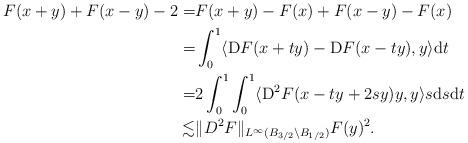
LaTeX: \begin{align*}F(x+y)+F(x-y)-2 =& F(x+y)-F(x)+F(x-y)-F(x)\\=& \int_0^1 \langle\mathrm{D} F(x+t y)-\mathrm{D} F(x-t y), y\rangle\mathrm{d}t\\= & 2\int_0^1\int_0^1 \langle \mathrm{D}^2 F(x-ty+2s y)y, y\rangle s\mathrm{d}s\mathrm{d}t\\\lesssim& \| D^{2}F \|_{L^{\infty}(B_{3/2} \setminus B_{1/2})} F(y)^{2}.\end{align*}